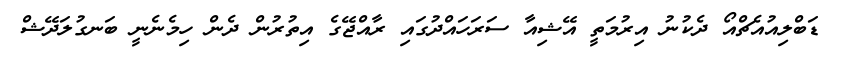
ޑަބްލިއުއެޗްއޯ ދެކުނު އިރުމަތީ އޭޝިއާ ސަރަހައްދުގައި ރާއްޖޭގެ އިތުރުން ދެން ހިމެނެނީ ބަނގުލަދޭޝް